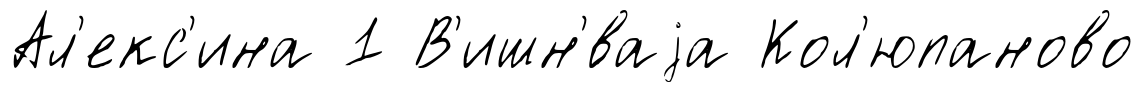
Ал'екс'ина 1 В'ишн'́ваjа Кол'юпаново